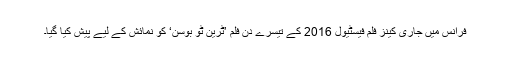
فرانس میں جاری کینز فلم فیسٹیول 2016 کے تیسرے دن فلم ’ٹرین ٹو بوسن‘ کو نمائش کے لیے پیش کیا گیا۔